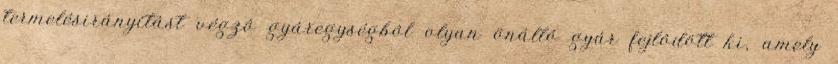
termelésirányítást végzô gyáregységbôl olyan önálló gyár fejlôdött ki, amely